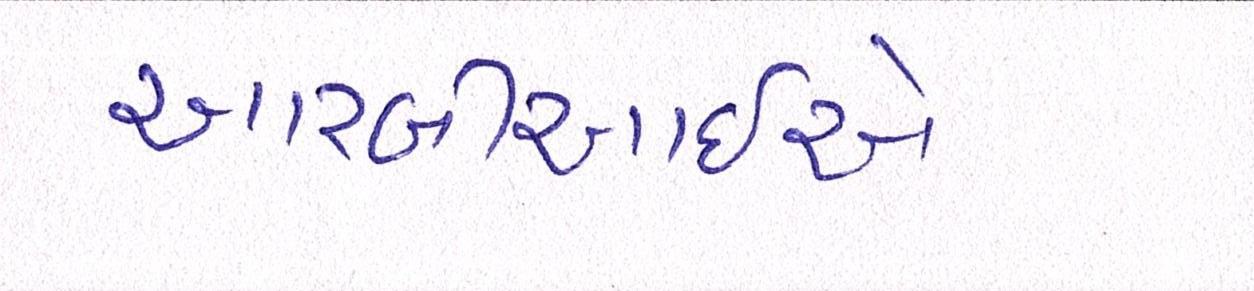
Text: આરબીઆઇએ